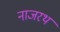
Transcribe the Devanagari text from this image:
नाजरथ